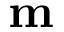
\mathbf { m }